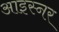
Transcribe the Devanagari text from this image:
आइस्नर